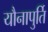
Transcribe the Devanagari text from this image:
यौनापुर्ति